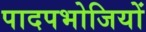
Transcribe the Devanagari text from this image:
पादपभोजियों